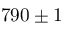
7 9 0 \pm 1